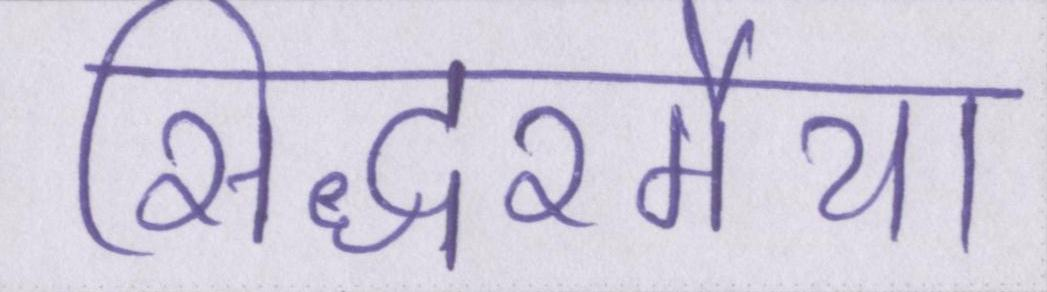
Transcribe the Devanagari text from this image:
सिद्धरमैया